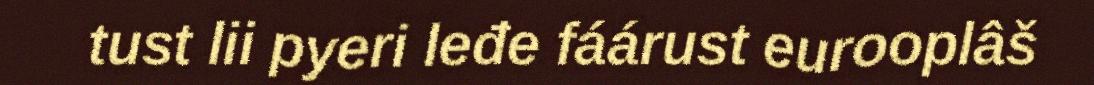
tust lii pyeri leđe fáárust eurooplâš